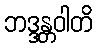
ဘဒ္ဒန္တဝါတိ